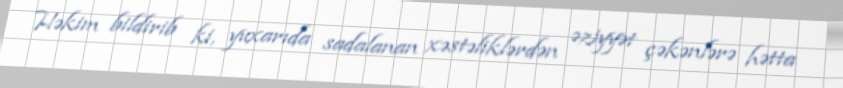
Həkim bildirib ki, yuxarıda sadalanan xəstəliklərdən əziyyət çəkənlərə hətta